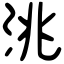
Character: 洮